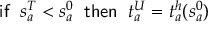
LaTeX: { \sf i f } \; \; s _ { a } ^ { T } < s _ { a } ^ { 0 } \; \; { \sf t h e n } \; \; t _ { a } ^ { U } = t _ { a } ^ { h } ( s _ { a } ^ { 0 } )